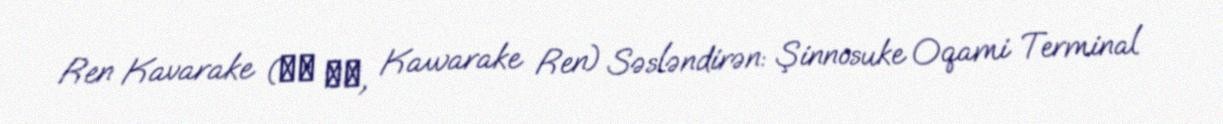
Ren Kavarake (土器 レン, Kawarake Ren) Səsləndirən: Şinnosuke Oqami Terminal